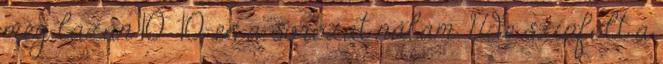
még lazán 10 10-es a sorozat nálam. Üde színfolt a